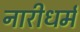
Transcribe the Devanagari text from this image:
नारीधर्म